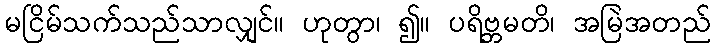
မငြိမ်သက်သည်သာလျှင်။ ဟုတွာ၊ ၍။ ပရိဗ္ဘမတိ၊ အမြဲအတည်